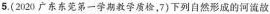
5.(2020广东东莞第一学期教学质检，7)下列自然形成的河流故